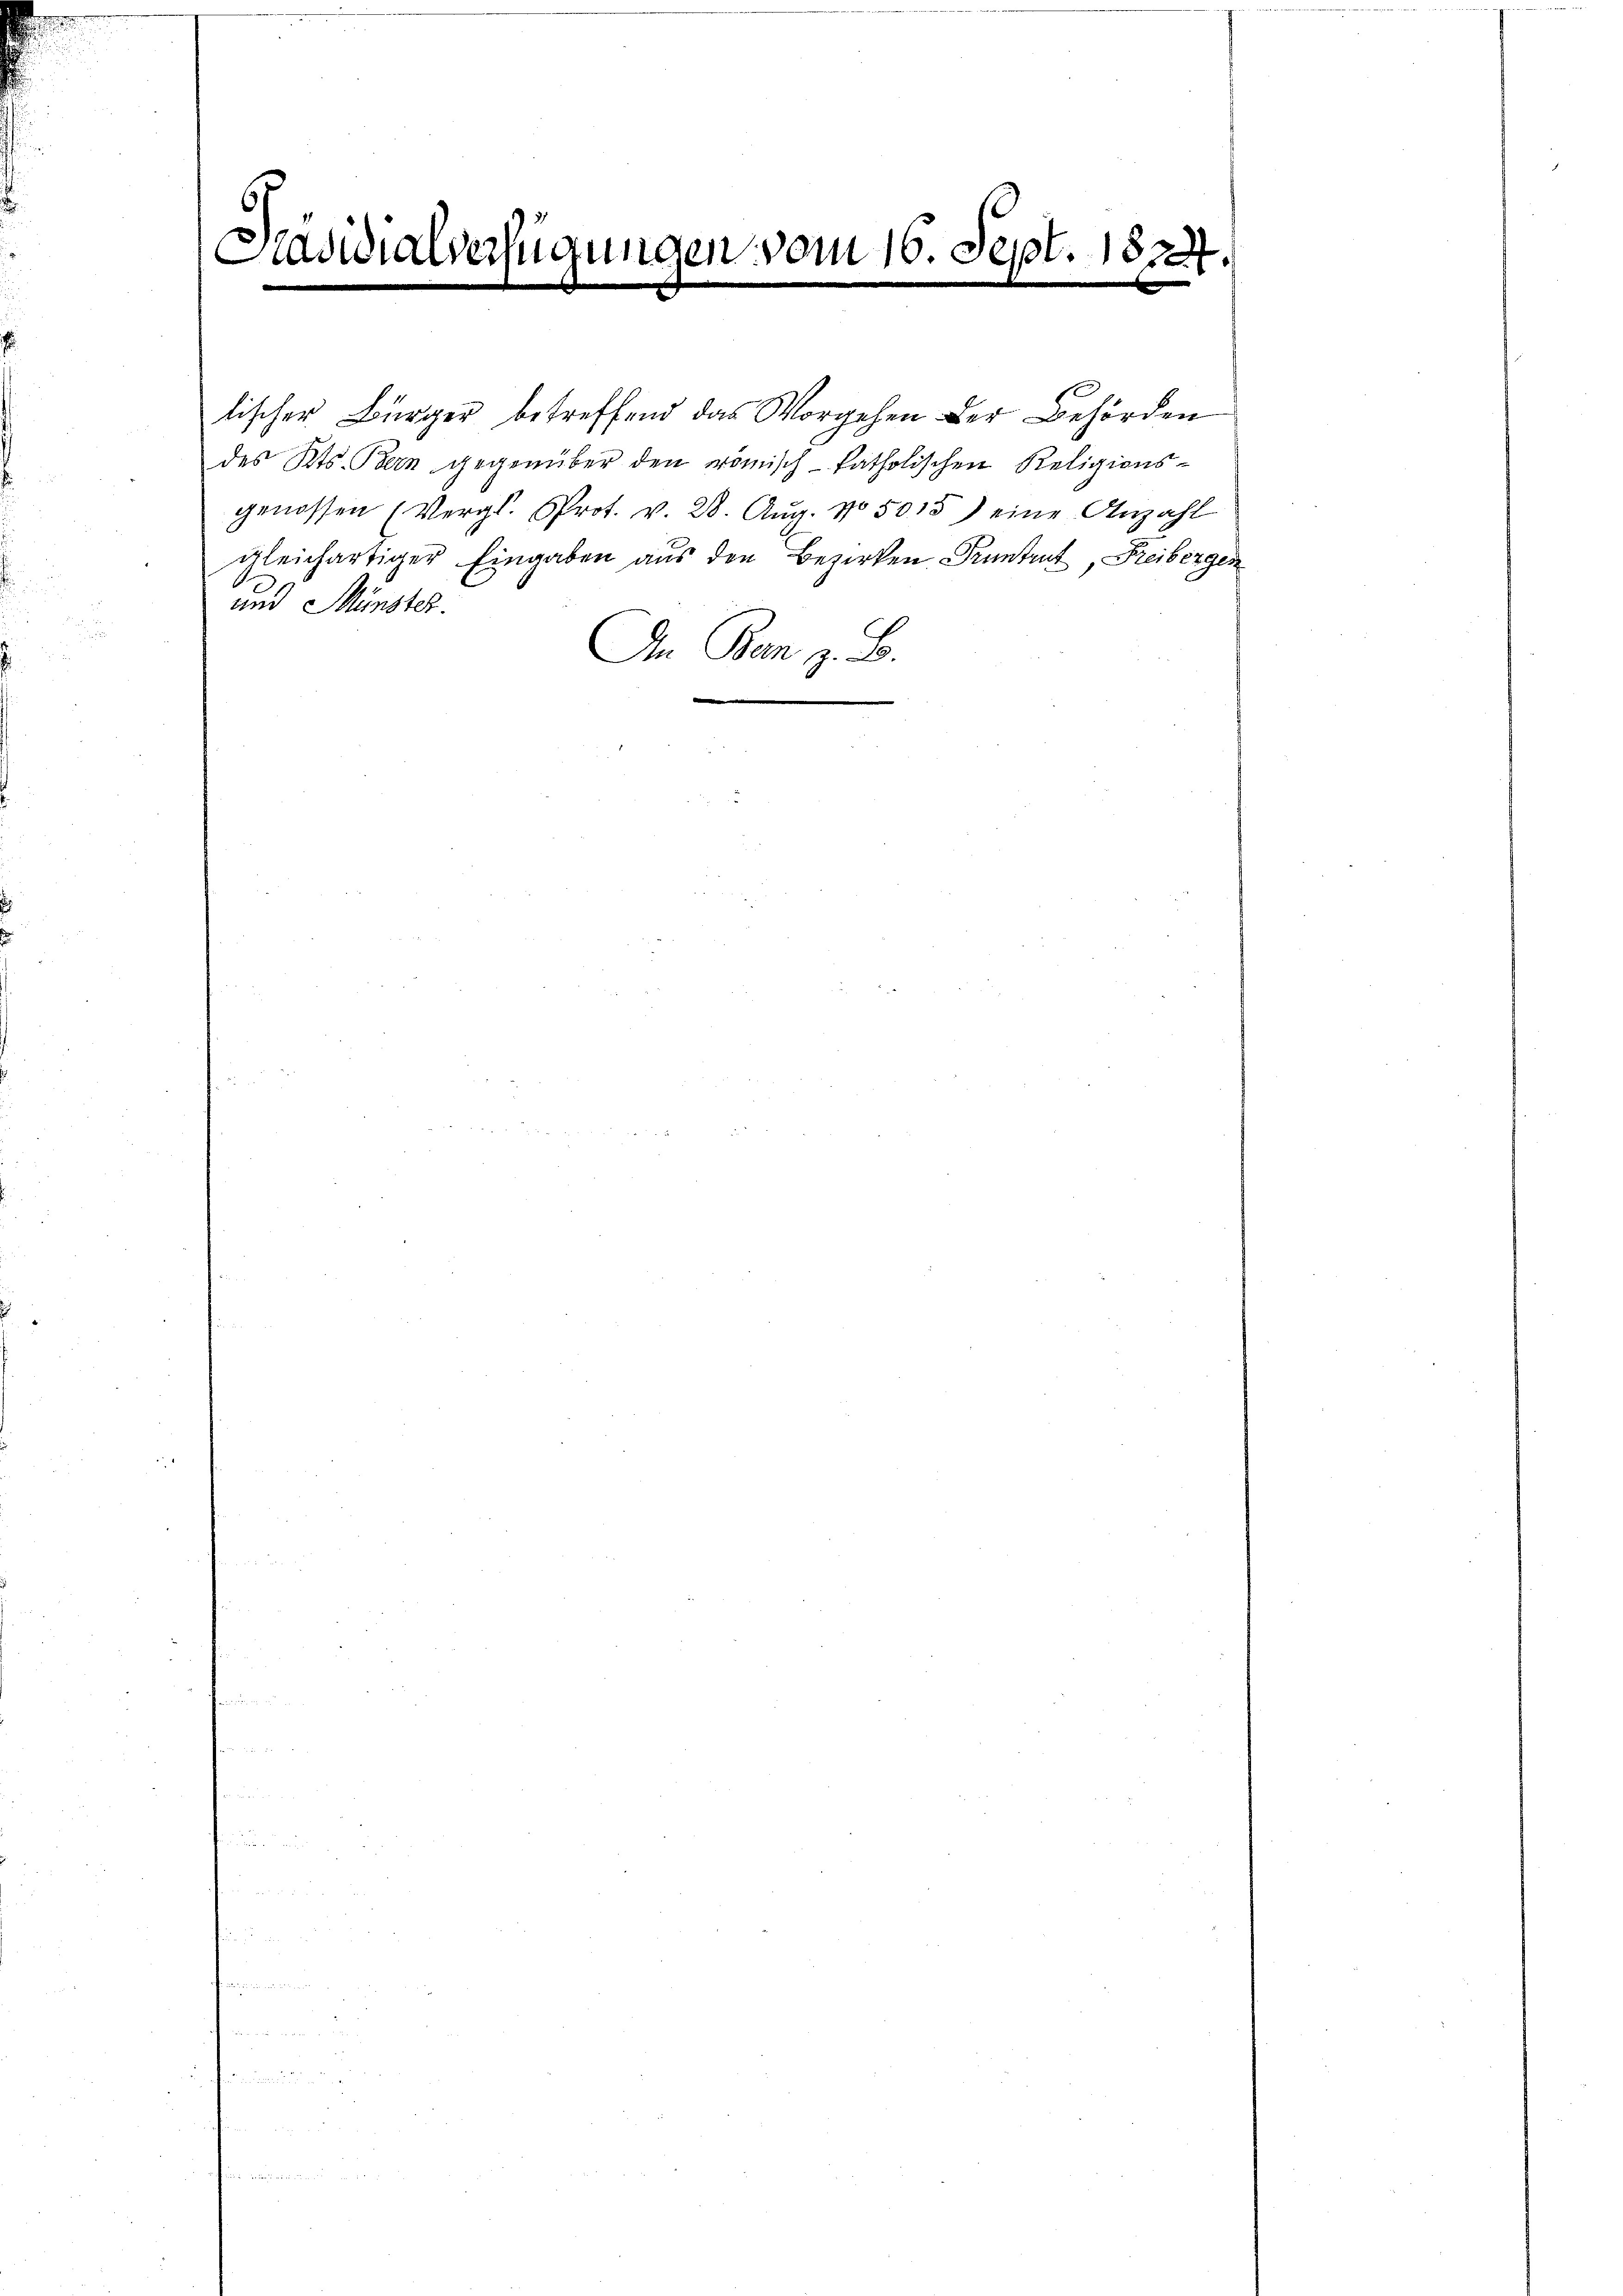
Präsidialverfügungen vom 16. Sept. 1824.

genossen (Vergl. Prot. v. 28. Aŭg. No. 5015) eine Anzahl
gleichartiger Eingaben aus den Bezirken Pruntrut, Freibergen
und Münster.
Am Ban z. B.

lischer Bürger betreffend das Vorgehen der Behörden
des Kts. Bern gegenüber den römisch-katholischen Religions¬